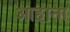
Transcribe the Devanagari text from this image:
आहाता